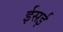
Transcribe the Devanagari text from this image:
ईसई